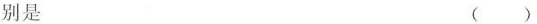
别是 ( )